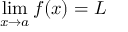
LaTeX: \operatorname* { l i m } _ { x \to a } f ( x ) = L